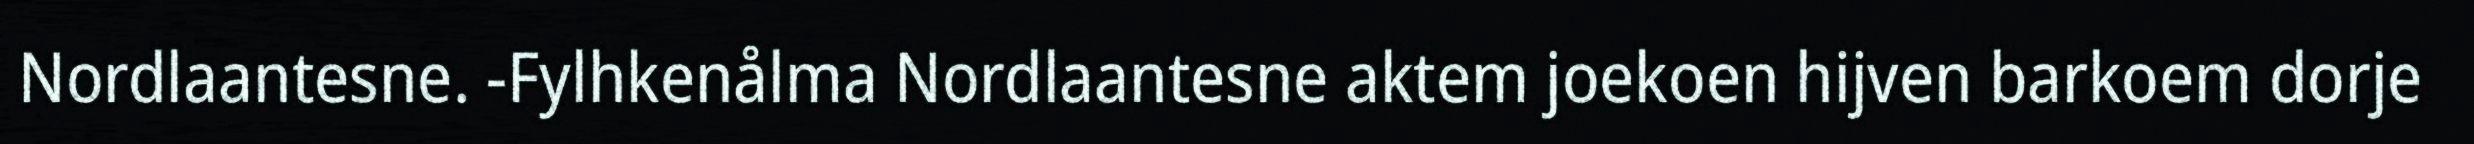
Nordlaantesne. -Fylhkenålma Nordlaantesne aktem joekoen hijven barkoem dorje